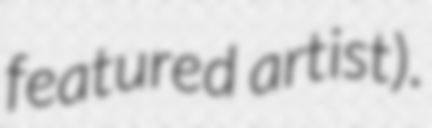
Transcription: featured artist).